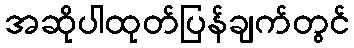
အဆိုပါထုတ်ပြန်ချက်တွင်